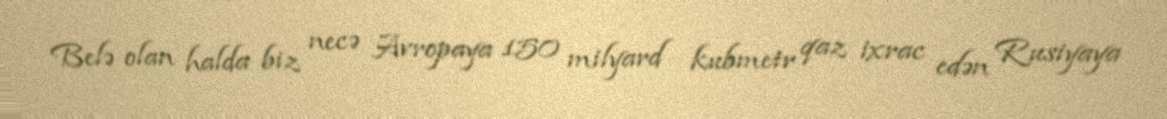
Belə olan halda biz necə Avropaya 150 milyard kubmetr qaz ixrac edən Rusiyaya